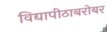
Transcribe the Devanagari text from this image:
विद्यापीठाबरोबर